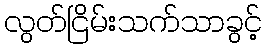
လွတ်ငြိမ်းသက်သာခွင့်